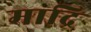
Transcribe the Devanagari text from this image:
माद्रि